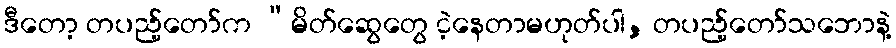
ဒီတော့ တပည့်တော်က “မိတ်ဆွေတွေ ငဲ့နေတာမဟုတ်ပါ, တပည့်တော်သဘောနဲ့